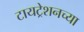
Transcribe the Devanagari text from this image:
टायट्रेशनच्या